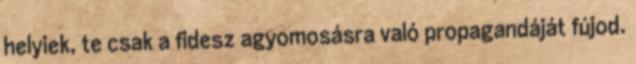
helyiek, te csak a fidesz agyomosásra való propagandáját fújod.